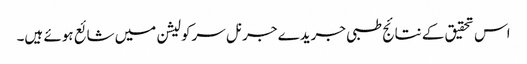
اس تحقیق کے نتائج طبی جریدے جرنل سرکولیشن میں شائع ہوئے ہیں۔